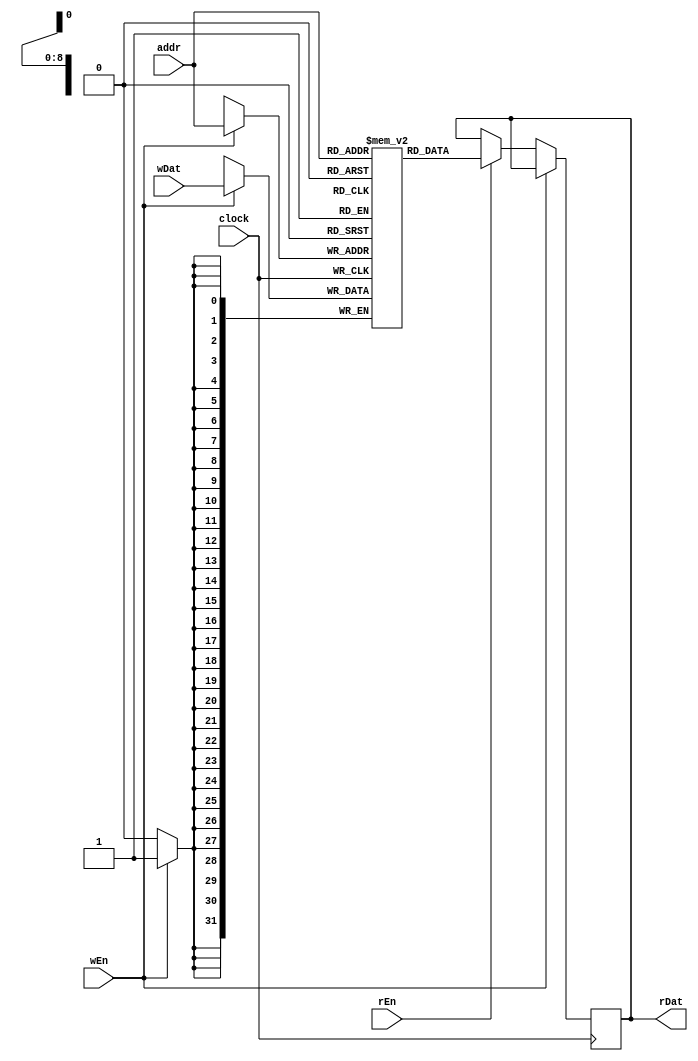
// ram.v//
/* wr  wdata  addr 
 rd  addr  rdata */
module ram(
input wire clock, // Clock
input wire[8:0] addr, // Read/write address
input wire wEn, // Write enable
input wire[31:0] wDat, // Write data
input wire rEn, // Read enable
output reg[31:0] rDat = 0 // Read data = line:arch:synchram:rDatB
);

reg[31:0] mem[512-1:0]; // Actual storage

integer i;
initial begin
    for (i = 0; i < 512; i = i + 1) begin
        mem[i] = 32'b0;
    end
end

always@(posedge clock)begin
    if(wEn)begin
        mem[addr] <= wDat;  //write data to memory
    end
    else if(rEn)begin
        rDat <= mem[addr];  //read data from memory
    end
end

endmodule